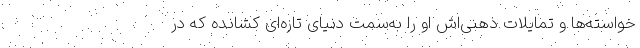
خواسته‌ها و تمایلات ذهنی‌اش او را به‌سمت دنیای تازه‌ای کشانده که در